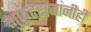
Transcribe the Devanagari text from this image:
मुकुंदराजांनीही